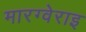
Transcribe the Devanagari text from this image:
मारग्वेराइ